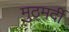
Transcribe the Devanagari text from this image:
मुठ्मर्दी